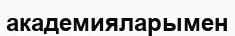
академияларымен